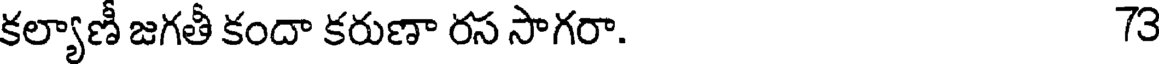
కల్యాణీ జగతీ కందా కరుణా రస సాగరా. 73